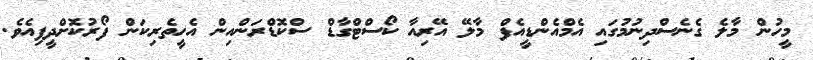
މީހުން މާލެ ގެނެސްދިނުމުގައި އެމްއެންޑީއެފް މާލޭ އޭރިއާ ކޯސްޓްގާޑް ސްކޮޑްރަންއިން އެހީތެރިކަން ފޯރުކޮށްދީފިއެވެ.